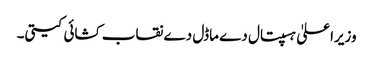
وزیراعلیٰ ہسپتال دے ماڈل دے نقاب کشائی کیتی۔